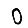
Digit: 0